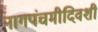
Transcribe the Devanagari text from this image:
नागपंचमीदिवशी